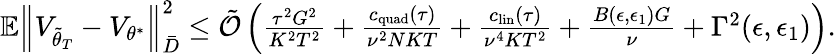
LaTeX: \begin{array}{r}{\mathbb{E}\Big\lVert V_{\tilde{\theta}_{T}}-V_{\theta^{*}}\Big\rVert_{\bar{D}}^{2}\le\tilde{\mathcal{O}}\left(\frac{\tau^{2}G^{2}}{K^{2}T^{2}}+\frac{c_{\mathrm{quad}}(\tau)}{\nu^{2}NKT}+\frac{c_{\mathrm{lin}}(\tau)}{\nu^{4}KT^{2}}+\frac{B(\epsilon,\epsilon_{1})G}{\nu}+\Gamma^{2}(\epsilon,\epsilon_{1})\right).}\end{array}